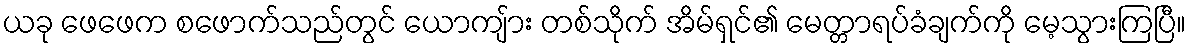
ယခု ဖေဖေက စဖောက်သည်တွင် ယောကျ်ား တစ်သိုက် အိမ်ရှင်၏ မေတ္တာရပ်ခံချက်ကို မေ့သွားကြပြီ။